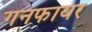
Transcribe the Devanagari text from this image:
गनफायर